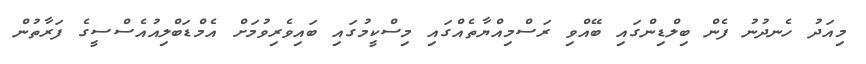
މިއަދު ހެނދުނު ފެން ބިލްޑިންގައި ބޭއްވި ރަސްމިއްޔާތެއްގައި މިސްކީމުގައި ބައިވެރިވުމަށް އެމްޑަބްލިއުއެސްސީގެ ފަރާތުން